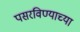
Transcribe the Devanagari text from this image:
पसरविण्याच्या